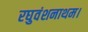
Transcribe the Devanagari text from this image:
रघुवंशनाथम।